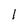
Character: 1